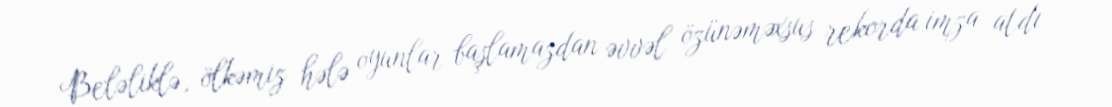
Beləliklə, ölkəmiz hələ oyunlar başlamazdan əvvəl özünəməxsus rekorda imza atdı